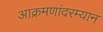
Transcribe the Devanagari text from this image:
आक्रमणांदरम्यान